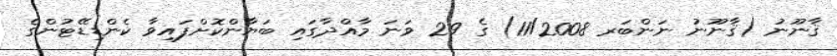
ޤާނޫނު (ޤާނޫނު ނަންބަރ 11/2008) ގެ 29 ވަނަ މާއްދާގައި ބަޔާންކޮށްފައިވާ ކެންޑިޑޭޓުންގެ